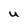
Character: U